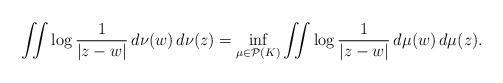
LaTeX: \begin{align*}\iint\log\frac{1}{|z-w|}\,d\nu(w)\,d\nu(z)=\inf_{\mu\in \mathcal{P}(K)}\iint\log\frac{1}{|z-w|}\,d\mu(w)\,d\mu(z).\end{align*}